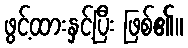
ဖွင့်ထားနှင့်ပြီး ဖြစ်၏။